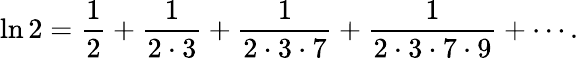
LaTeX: \ln 2={\frac{1}{2}}+{\frac{1}{2\cdot 3}}+{\frac{1}{2\cdot 3\cdot 7}}+{\frac{1}{2\cdot 3\cdot 7\cdot 9}}+\cdots.